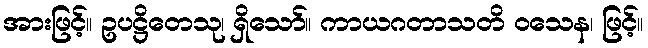
အားဖြင့်။ ဥပဋ္ဌိတေသု၊ ရှိသော်။ ကာယဂတာသတိ ဝသေန၊ ဖြင့်။